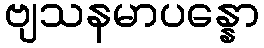
ဗျသနမာပန္နော